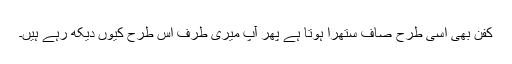
کفن بھی اسی طرح صاف ستھرا ہوتا ہے پھر آپ میری طرف اس طرح کیوں دیکھ رہے ہیں۔